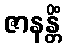
ဇာနန္တိံ